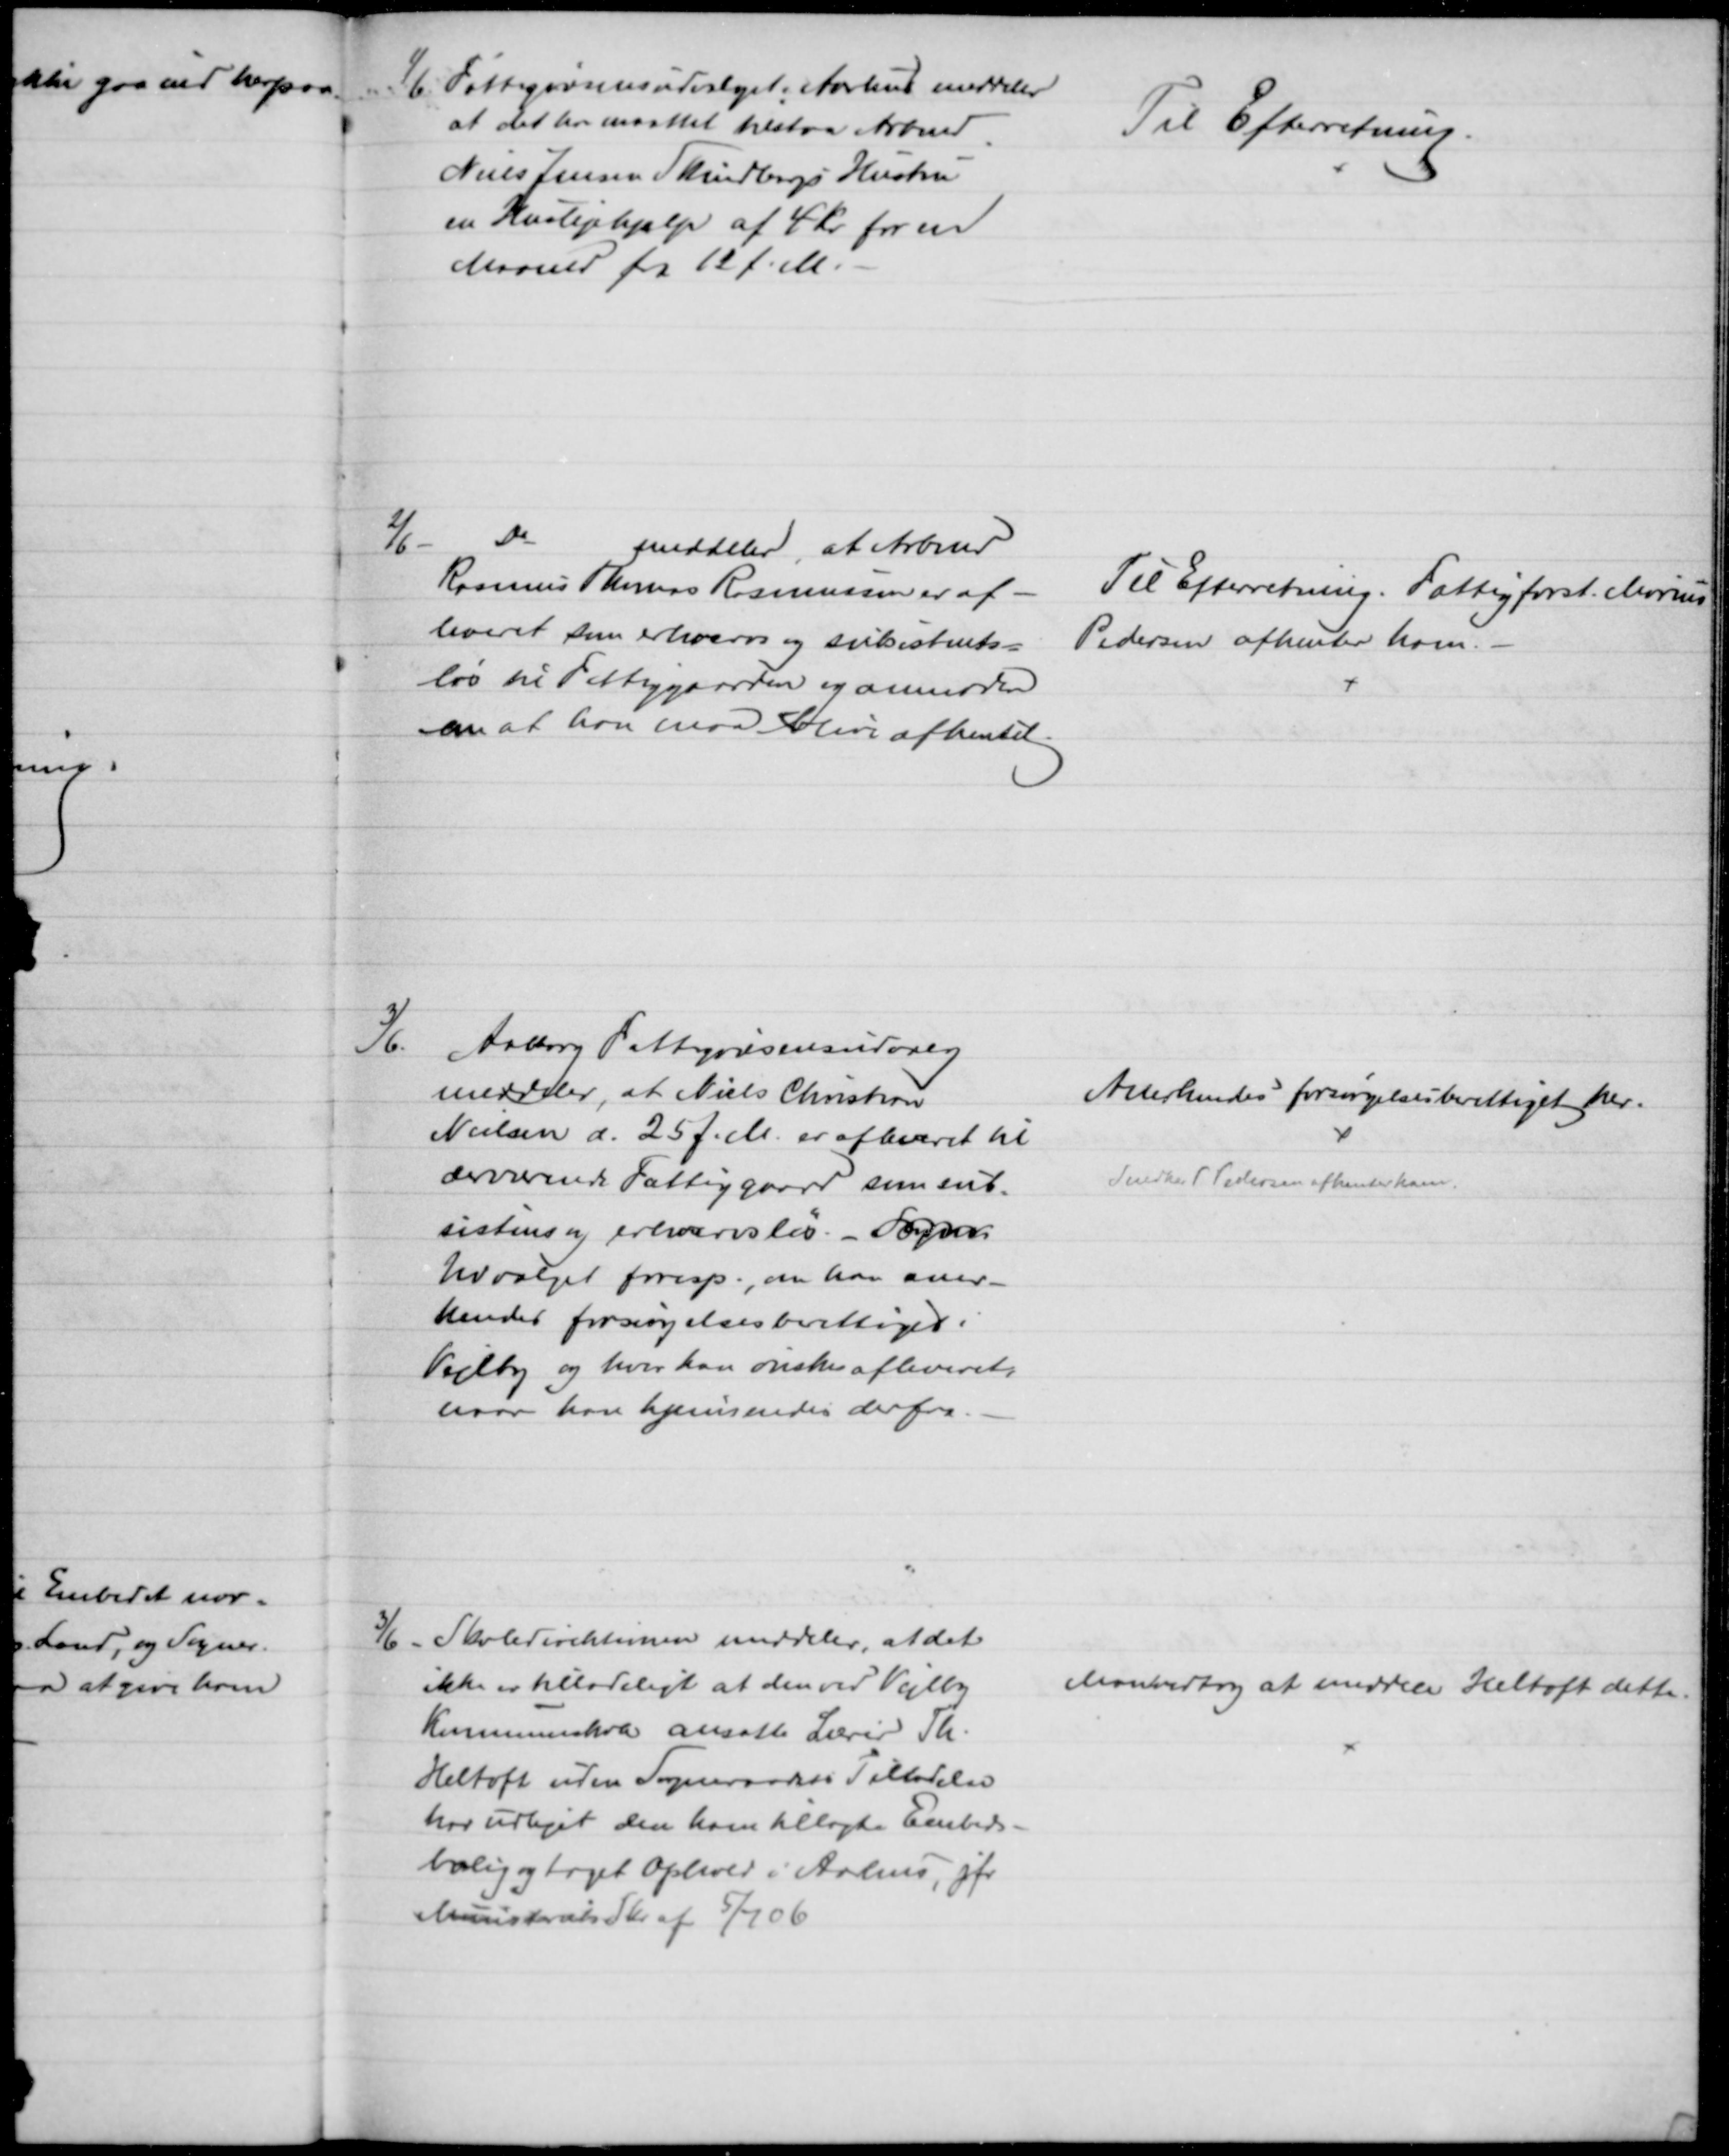
Transskription:
1/6. Fattigvæsensudvalget i Aarhus meddeler
at det her maattet tilstaa Arbmd.
Niels Jensen Skindbergs Hustru
en Huslejehjælp af 4 Kr for en
Maaned fra 12 f. M.
Til Efterretning
2/6
Do
meddeler, at Arbmd
Rasmus Thomas Rasmussen er af-
leveret som erhvervs og subsistents-
løs til Fattiggaarden og anmoder
om at han maa blive afhentet.
Til Efterretning. Fattigforst. Marius
Pedersen afhenter ham.
3/6. Aalborg Fattigvæsensudvalg
meddeler, at Niels Christian
Nielsen d. 25 f. M. er afleveret til 
derværende Fattiggaard som sub-
sistens og erhvervsløs. - Sogn.
Udvalget foresp., om han aner-
kendes forsøgelsesberettiget i
Vejlby og hvor han ønskes afleveret,
naar han hjemsendes derfra.
Anerkendes forsørgelsesberettiget her.
Snedker P Pedersen afhenter ham.
3/6 - Skoledirektionen meddeler, at det
ikke er tilladeligt at den ved Vejlby
Kommuneskole ansatte Lærer Th.
Heltoft uden Sogneraadets Tilladelse
har udlejet den ham tillagte Embeds-
bolig og taget Ophold i Aarhus, jfr
Ministeriets Skr. af 5/7 06
Man vertog at meddele Heltoft dette.